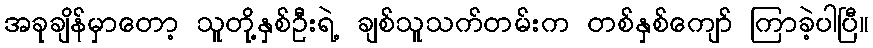
အခုချိန်မှာတော့ သူတို့နှစ်ဦးရဲ့ ချစ်သူသက်တမ်းက တစ်နှစ်ကျော် ကြာခဲ့ပါပြီ။